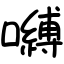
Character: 嚩